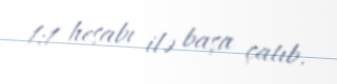
1:1 hesabı ilə başa çatıb.